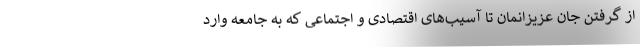
از گرفتن جان عزیزانمان تا آسیب‌های اقتصادی و اجتماعی که به جامعه وارد